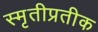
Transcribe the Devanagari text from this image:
स्मृतीप्रतीक